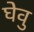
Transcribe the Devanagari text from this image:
घेवु